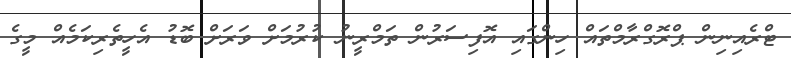
ޓްރެއިނިން ޕްރޮގްރާމްތައް ހިންގައި އޮފިސަރުން ތަމްރީނު ކުރުމަށް ވަރަށް ބޮޑު އެހީތެރިކަމެއް މީގެ